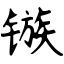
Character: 镞